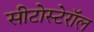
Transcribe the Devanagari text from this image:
सीटोस्टेरॉल